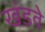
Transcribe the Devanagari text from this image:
खंडवे